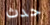
حدث